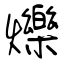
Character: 爍